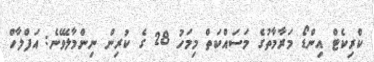
ކްރިކެޓް އިންޑޯ މަރާމާތުގެ މަސައްކަތް މިމަހު 28 ގެ ކުރިން ނިންމާލެވޭނެ: އަފްލާހް